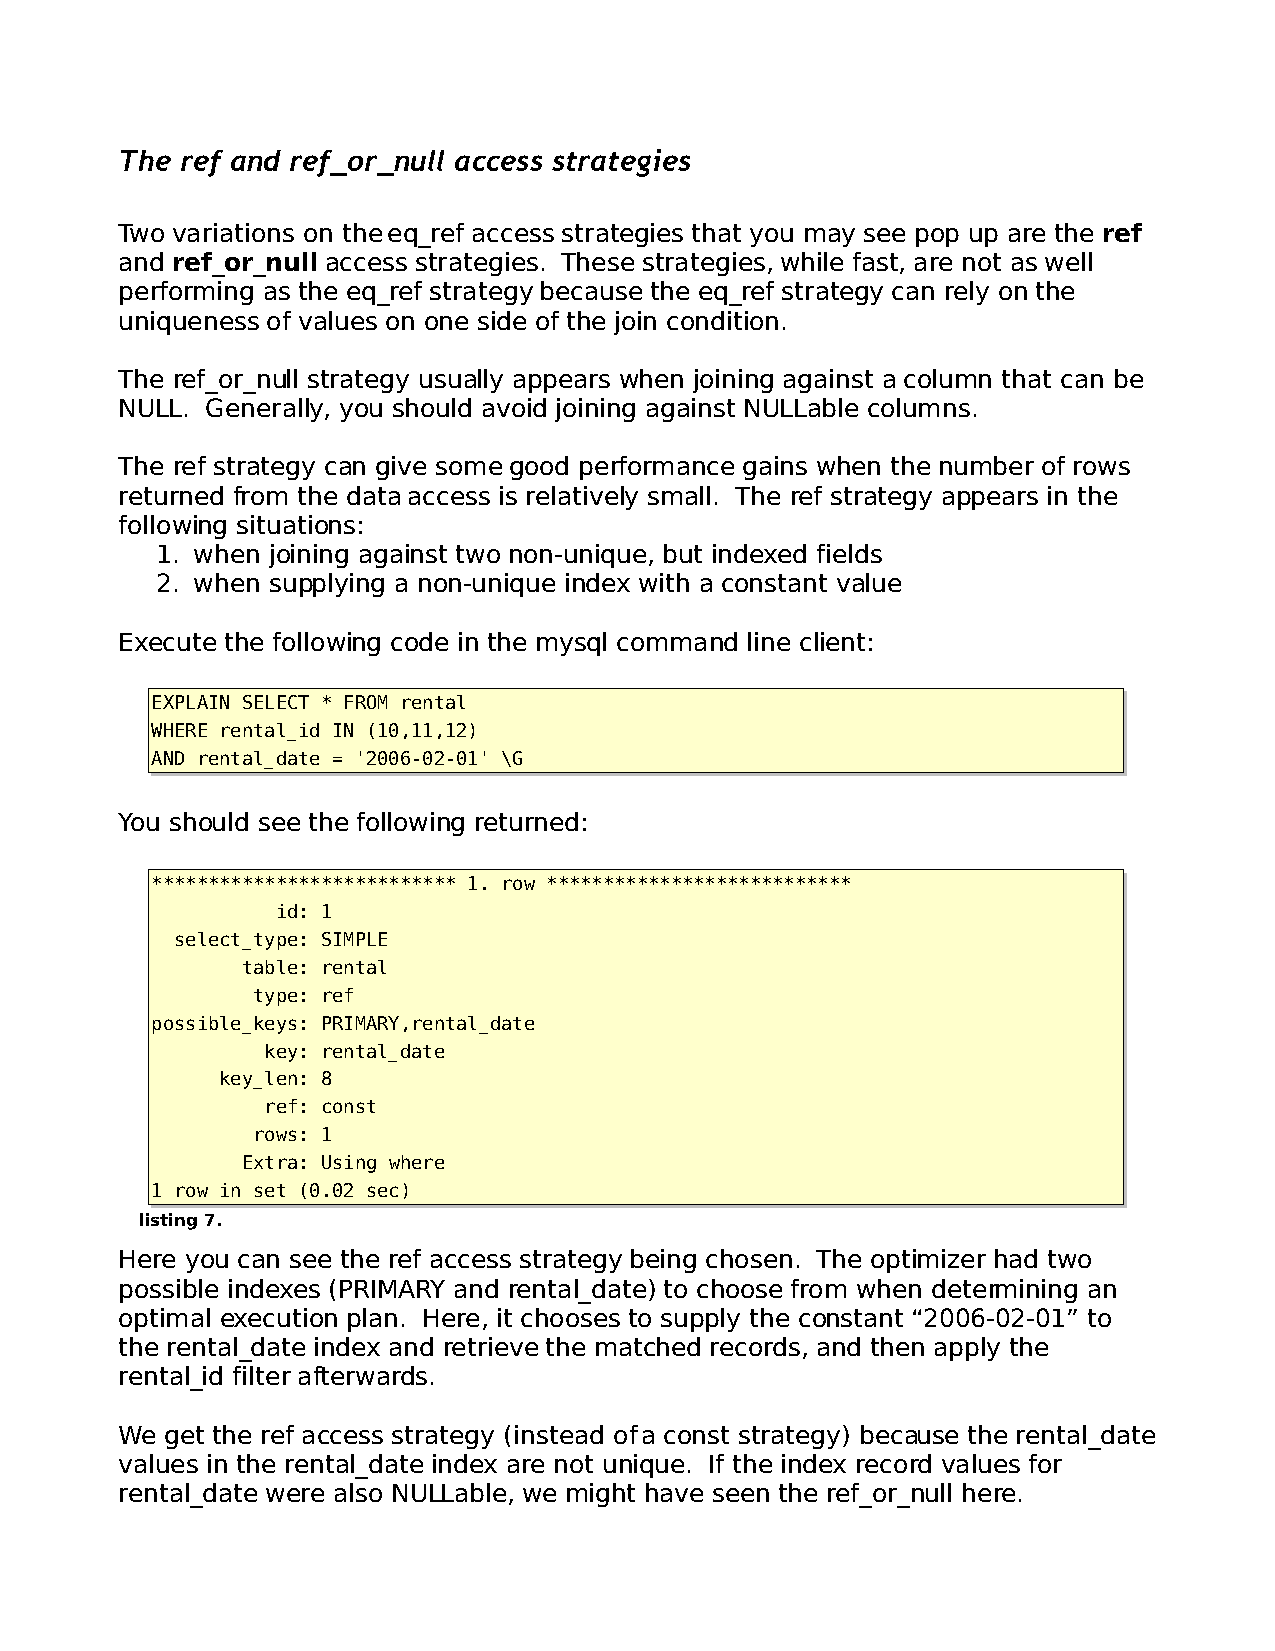
The ref and ref_or_null access strategies
 Two variations on the eq_ref access strategies that you may see pop up are the ref
 and ref_or_null access strategies. These strategies, while fast, are not as well
 performing as the eq_ref strategy because the eq_ref strategy can rely on the
 uniqueness of values on one side of the join condition.
 The ref_or_null strategy usually appears when joining against a column that can be
 NULL. Generally, you should avoid joining against NULLable columns.
 The ref strategy can give some good performance gains when the number of rows
 returned from the data access is relatively small. The ref strategy appears in the
 following situations:
 1. when joining against two non-unique, but indexed fields
 2. when supplying a non-unique index with a constant value
 Execute the following code in the mysql command line client:
 EXPLAIN SELECT * FROM rental
 WHERE rental_id IN (10,11,12)
 AND rental_date = '2006-02-01' \G
 You should see the following returned:
 *************************** 1. row ***************************
 id: 1
 select_type: SIMPLE
 table: rental
 type: ref
 possible_keys: PRIMARY,rental_date
 key: rental_date
 key_len: 8
 ref: const
 rows: 1
 Extra: Using where
 1 row in set (0.02 sec)
 listing 7.
 Here you can see the ref access strategy being chosen. The optimizer had two
 possible indexes (PRIMARY and rental_date) to choose from when determining an
 optimal execution plan. Here, it chooses to supply the constant “2006-02-01” to
 the rental_date index and retrieve the matched records, and then apply the
 rental_id filter afterwards.
 We get the ref access strategy (instead of a const strategy) because the rental_date
 values in the rental_date index are not unique. If the index record values for
 rental_date were also NULLable, we might have seen the ref_or_null here.